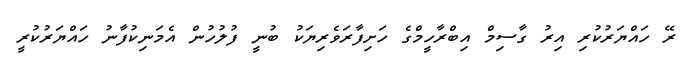
ރޭ ހައްޔަރުކުރި އިރު ގާސިމް އިބްރާހީމްގެ ހަށިފާރަވެރިޔަކު ބުނީ ފުލުހުން އެމަނިކުފާނު ހައްޔަރުކުރީ